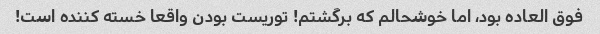
فوق العاده بود، اما خوشحالم که برگشتم! توریست بودن واقعا خسته کننده است!